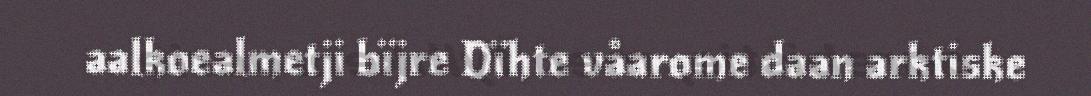
aalkoealmetji bïjre Dïhte våarome daan arktiske